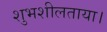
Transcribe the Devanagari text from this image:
शुभशीलताया।